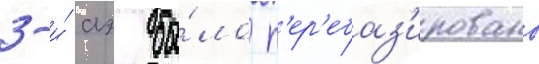
3-и́ аэ бы́ло п'ер'ебаз'ировано